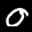
Label: 0